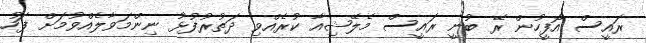
ރައީސް އޮފީހުން ރޭ ބުނީ ރައީސް މެލޭޝިއާ ކުރެއްވި ދަތުރުފުޅު ނިންމަވާލެއްވުމަށް ފަހު